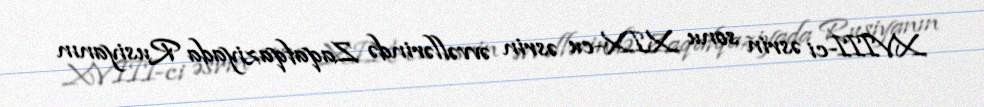
XVIII-ci əsrin sonu XIX-cu əsrin əvvəllərində Zaqafqaziyada Rusiyanın